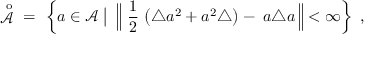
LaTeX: \displaystyle \mathop { { \mathcal A } } ^ { \; \, \mathrm { o } } \ = \ \left\{ a \in { \mathcal A } \bigm | \; \Big \| \ \frac 1 2 \, \left( \triangle a ^ { 2 } + a ^ { 2 } \triangle \right) - \; a \triangle a \, \Big \| < \infty \right\} \ ,